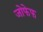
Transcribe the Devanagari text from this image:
जोफेफ